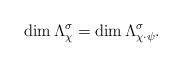
LaTeX: \begin{align*}\dim \Lambda_{\chi}^\sigma=\dim \Lambda_{\chi\cdot \psi}^\sigma.\end{align*}